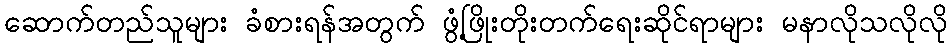
ဆောက်တည်သူများ ခံစားရန်အတွက် ဖွံ့ဖြိုးတိုးတက်ရေးဆိုင်ရာများ မနာလိုသလိုလို